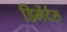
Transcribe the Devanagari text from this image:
डिमेंर्टस